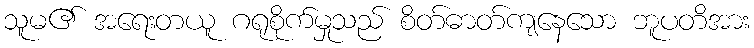
သူမ၏ အရေးတယူ ဂရုစိုက်မှုသည် စိတ်ဓာတ်ကျနေသော ဘူပတိအား